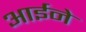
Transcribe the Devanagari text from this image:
आर्इने